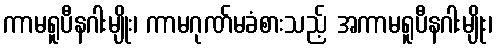
ကာမရူပီနဂါးမျိုး၊ ကာမဂုဏ်မခံစားသည့် အကာမရူပီနဂါးမျိုး၊